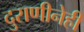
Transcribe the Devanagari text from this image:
दुराणीनेही